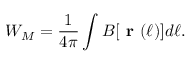
W _ { M } = \frac { 1 } { 4 \pi } \int B [ \textbf { r } ( \ell ) ] d \ell .